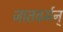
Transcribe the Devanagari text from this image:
जातवर्मन्‌